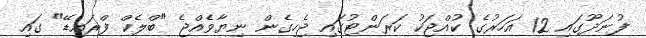
ފުނަދޫގައި 12 އަހަރުގެ ކުއްޖަކު ކަރަންޓުގައި ޖެހިގެން ނިޔާވެއްޖެ "ބްލެކް ފްރައިޑޭ" ގައި